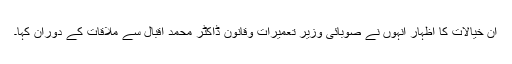
ان خیالات کا اظہار اُنہوں نے صوبائی وزیر تعمیرات وقانون ڈاکٹر محمد اقبال سے ملاقات کے دوران کہا۔